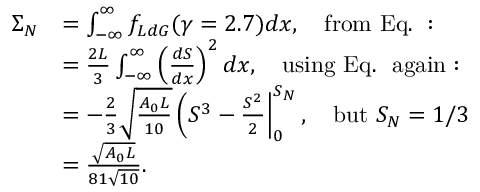
\begin{array} { r l } { \Sigma _ { N } } & { = \int _ { - \infty } ^ { \infty } f _ { L d G } ( \gamma = 2 . 7 ) d x , \quad \mathrm { f r o m ~ E q . ~ : } } \\ & { = \frac { 2 L } { 3 } \int _ { - \infty } ^ { \infty } \left( \frac { d S } { d x } \right) ^ { 2 } d x , \quad \mathrm { u s i n g ~ E q . ~ ~ a g a i n : } } \\ & { = - \frac { 2 } { 3 } \sqrt { \frac { A _ { 0 } L } { 1 0 } } \left( S ^ { 3 } - \frac { S ^ { 2 } } { 2 } \right\vert _ { 0 } ^ { S _ { N } } , \quad \mathrm { b u t ~ } S _ { N } = 1 / 3 } \\ & { = \frac { \sqrt { A _ { 0 } L } } { 8 1 \sqrt { 1 0 } } . } \end{array}